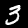
Label: 3